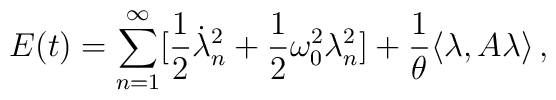
E(t) = \sum_{n=1}^\infty \bigl[\frac12\dot\lambda_n^2 +\frac12\omega_0^2\lambda_n^2\bigr] + \frac1\theta\langle\lambda,A\lambda\rangle \,,